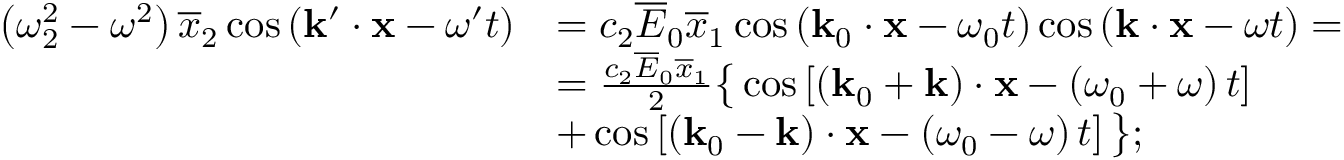
\begin{array} { r l } { \left( \omega _ { 2 } ^ { 2 } - \omega ^ { 2 } \right) \overline { { x } } _ { 2 } \cos \left( \mathbf { k } ^ { \prime } \cdot \mathbf { x } - \omega ^ { \prime } t \right) } & { = c _ { 2 } \overline { { E } } _ { 0 } \overline { { x } } _ { 1 } \cos \left( \mathbf { k } _ { 0 } \cdot \mathbf { x } - \omega _ { 0 } t \right) \cos \left( \mathbf { k } \cdot \mathbf { x } - \omega t \right) = } \\ & { = \frac { c _ { 2 } \overline { { E } } _ { 0 } \overline { { x } } _ { 1 } } { 2 } \big \{ \cos \left[ \left( \mathbf { k } _ { 0 } + \mathbf { k } \right) \cdot \mathbf { x } - \left( \omega _ { 0 } + \omega \right) t \right] } \\ & { + \cos \left[ \left( \mathbf { k } _ { 0 } - \mathbf { k } \right) \cdot \mathbf { x } - \left( \omega _ { 0 } - \omega \right) t \right] \big \} ; } \end{array}